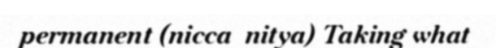
permanent (nicca  nitya) Taking what